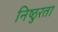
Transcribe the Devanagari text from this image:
निष्‍ठुरता